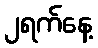
၂ရက်နေ့